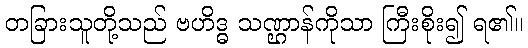
တခြားသူတို့သည် ဗဟိဒ္ဓ သဏ္ဌာန်ကိုသာ ကြီးစိုး၍ ရ၏။